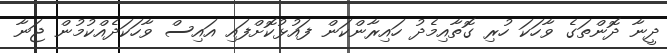
ދީނާ ދޮންތަގެ ވާހަކަ ހުރި ގޮތާއިމެދު ހައިރާންކަން ފައުޅުކޮށްފައި އައިސް ވާހަކަދެއްކުމުން ޖަނާ